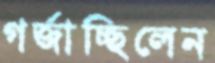
গর্‌জাচ্ছিলেন